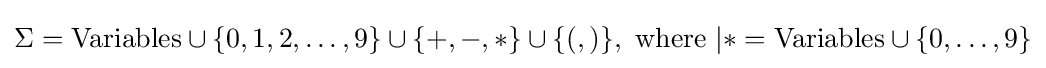
\Sigma =\mathrm {Variables} \cup \{0,1,2,\ldots ,9\}\cup \{+,-,*\}\cup \{(,)\},{\text{ where }}|*=\mathrm {Variables} \cup \{{0,\ldots ,9}\}